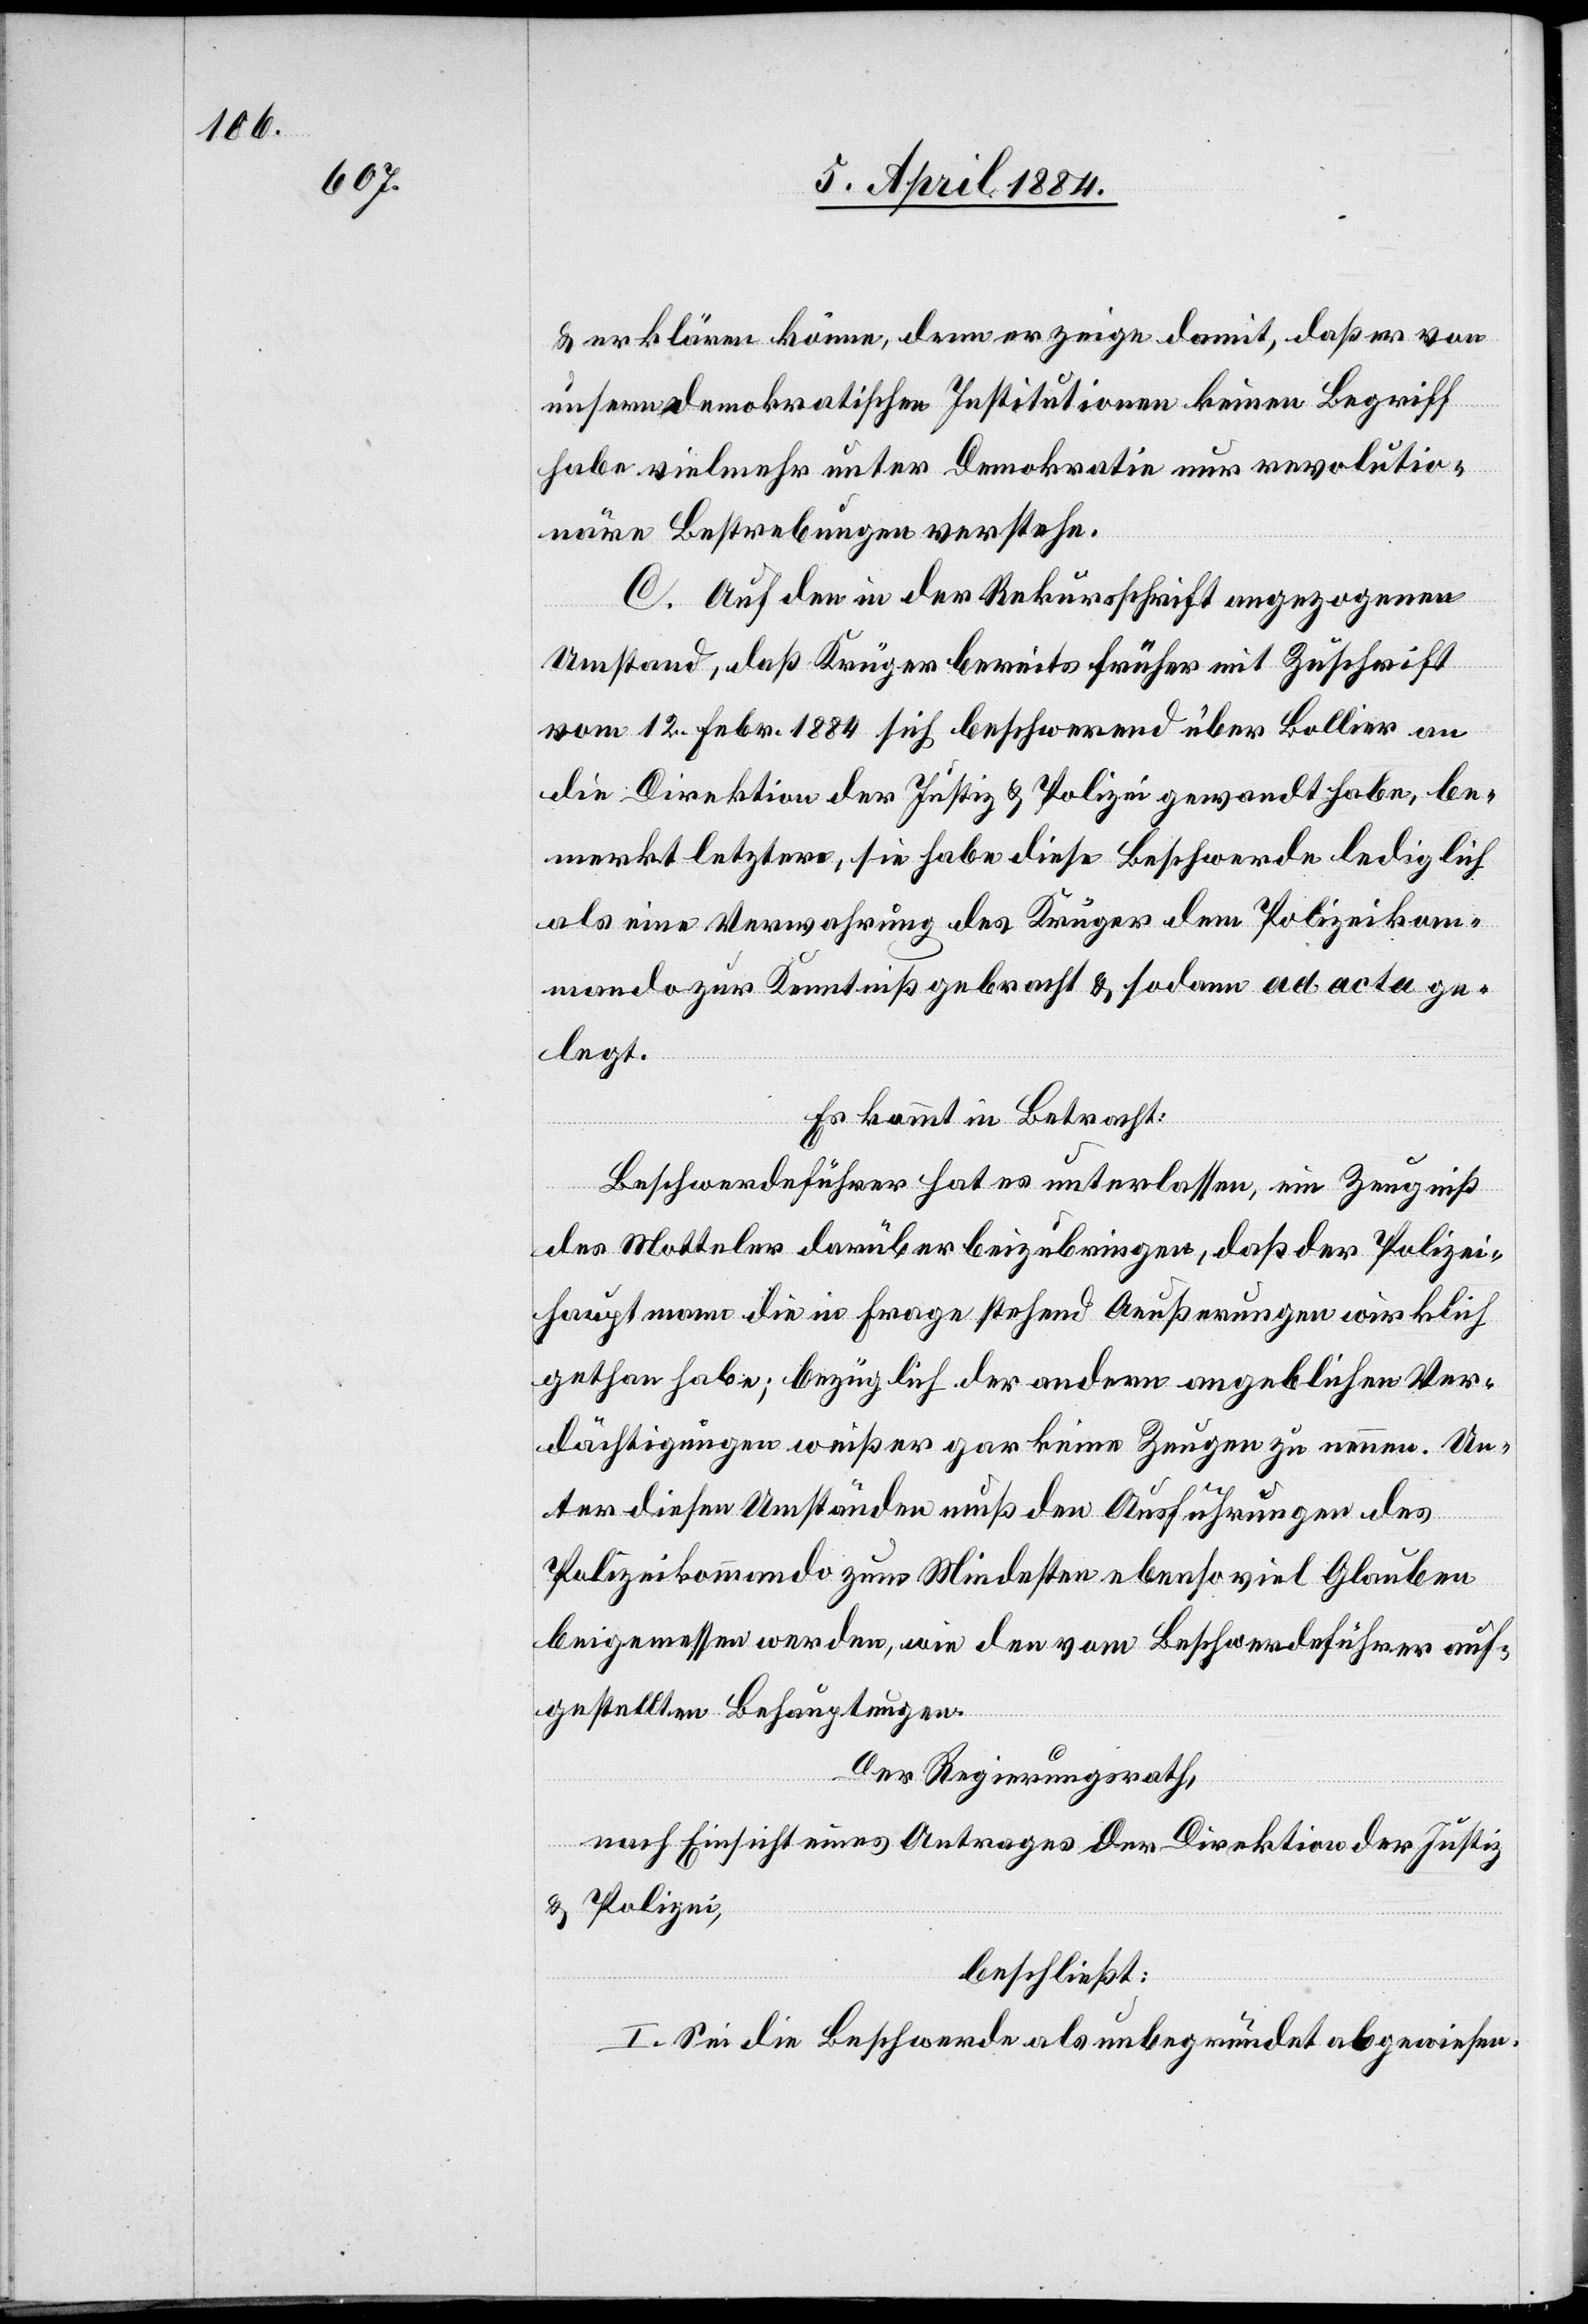
& erklären könne, denn er zeige damit, daß er von
unsern demokratischen Institutionen keinen Begriff
habe vielmehr unter Demokratie nur revolutio¬
näre Bestrebungen verstehe.
C. Auf den in der Rekursschrift angezogenen
Umstand, daß Krüger bereits früher mit Zuschrift
vom 12. Febr. 1884 sich beschwerend über Bollier an
die Direktion der Justiz & Polizei gewandt habe, be¬
merkt letztere, sie habe diese Beschwerde lediglich
als eine Verwahrung des Krügers dem Polizeikom¬
mando zur Kenntniß gebracht & sodann ad acta ge¬
legt.
Es kommt in Betracht:
Beschwerdeführer hat es unterlassen, ein Zeugniß
des Motteler darüber beizubringen, daß der Polizei¬
hauptmann die in Frage stehend [sic!] Aeußerungen wirklich
gethan habe; bezüglich der andern angeblichen Ver¬
dächtigungen weiß er gar keine Zeugen zu nennen. Un¬
ter diesen Umständen muß den Ausführungen des
Polizeikommando zum Mindesten ebenso viel Glauben
beigemessen werden, wie den vom Beschwerdeführer auf¬
gestellten Behauptungen.
Der Regierungsrath,
nach Einsicht eines Antrages der Direktion der Justiz
& Polizei,
beschließt:
I. Sei die Beschwerde als unbegründet abgewiesen.